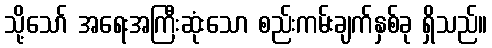
သို့သော် အရေးအကြီးဆုံးသော စည်းကမ်းချက်နှစ်ခု ရှိသည်။